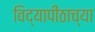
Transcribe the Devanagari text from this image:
विद्यापीठाच्‍या